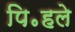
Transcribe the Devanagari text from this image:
पि॰हले